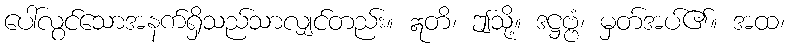
ပေါ်လွင်သောအနက်ရှိသည်သာလျှင်တည်း။ ဣတိ၊ ဤသို့။ ဒဋ္ဌဗ္ဗံ၊ မှတ်အပ်၏။ အထ၊